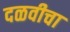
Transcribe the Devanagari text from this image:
दळवीचा